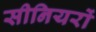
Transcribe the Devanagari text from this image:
सीनियरों